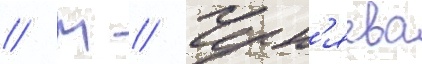
// М // Черн'яева